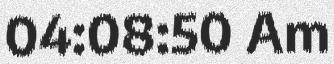
04:08:50 Am